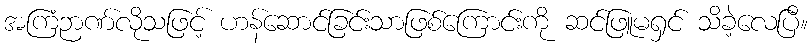
အကြံဉာဏ်လိုသဖြင့် ဟန်ဆောင်ခြင်းသာဖြစ်ကြောင်းကို ဆင်ဖြူမရှင် သိခဲ့လေပြီ။